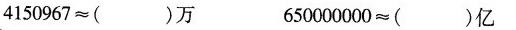
4150967≈( )万 650000000≈( )亿